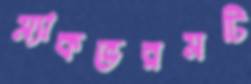
ম্যাকভরমটি